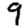
Digit: 9